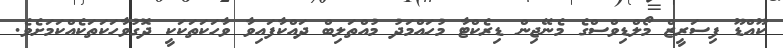
ކޫއްޑޫ ފިސަރީޒް މޯލްޑިވްސްގެ މެނޭޖިން ޑިރެކްޓާ މުހައްމަދު މުއްތަލިބް ދައްކާފައިވާ ވާހަކަތަކަކީ ދޮގުވާހަކަތަކެއްކަމަށެވެ.